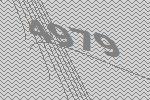
4979